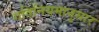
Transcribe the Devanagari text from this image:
गतिनियमानुसार